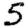
Digit: 5